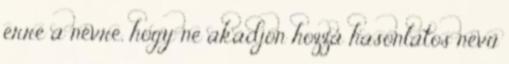
erre a névre, hogy ne akadjon hozzá hasonlatos nevű